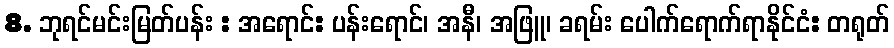
8. ဘုရင်မင်းမြတ်ပန်း : အရောင်: ပန်းရောင်၊ အနီ၊ အဖြူ၊ ခရမ်း ပေါက်ရောက်ရာနိုင်ငံ: တရုတ်